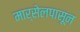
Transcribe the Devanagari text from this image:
मार्सेलपासून